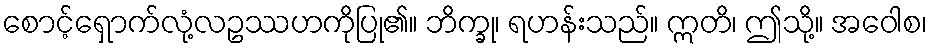
စောင့်ရှောက်လုံ့လဥဿဟကိုပြု၏။ ဘိက္ခု၊ ရဟန်းသည်။ ဣတိ၊ ဤသို့။ အဝေါစ၊